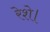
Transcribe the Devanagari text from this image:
रेशे।